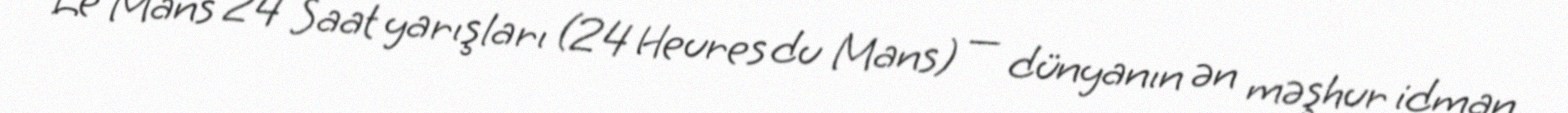
Le Mans 24 Saat yarışları (24 Heures du Mans) — dünyanın ən məşhur idman